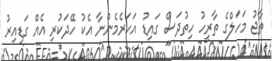
ތާޖު މަހަލްގެ ތާރީހު ހިތުދަސް ގައިޑު އަހަރެމެންނާ އެކު ހޭދަކުރި އެއް ގަޑިއިރު